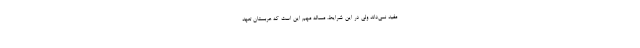
مفید نمی‌داند ولی در این شرایط، مساله مهم این است که عربستان تعهد